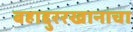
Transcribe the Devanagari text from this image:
बहाद्दुररखानाचा